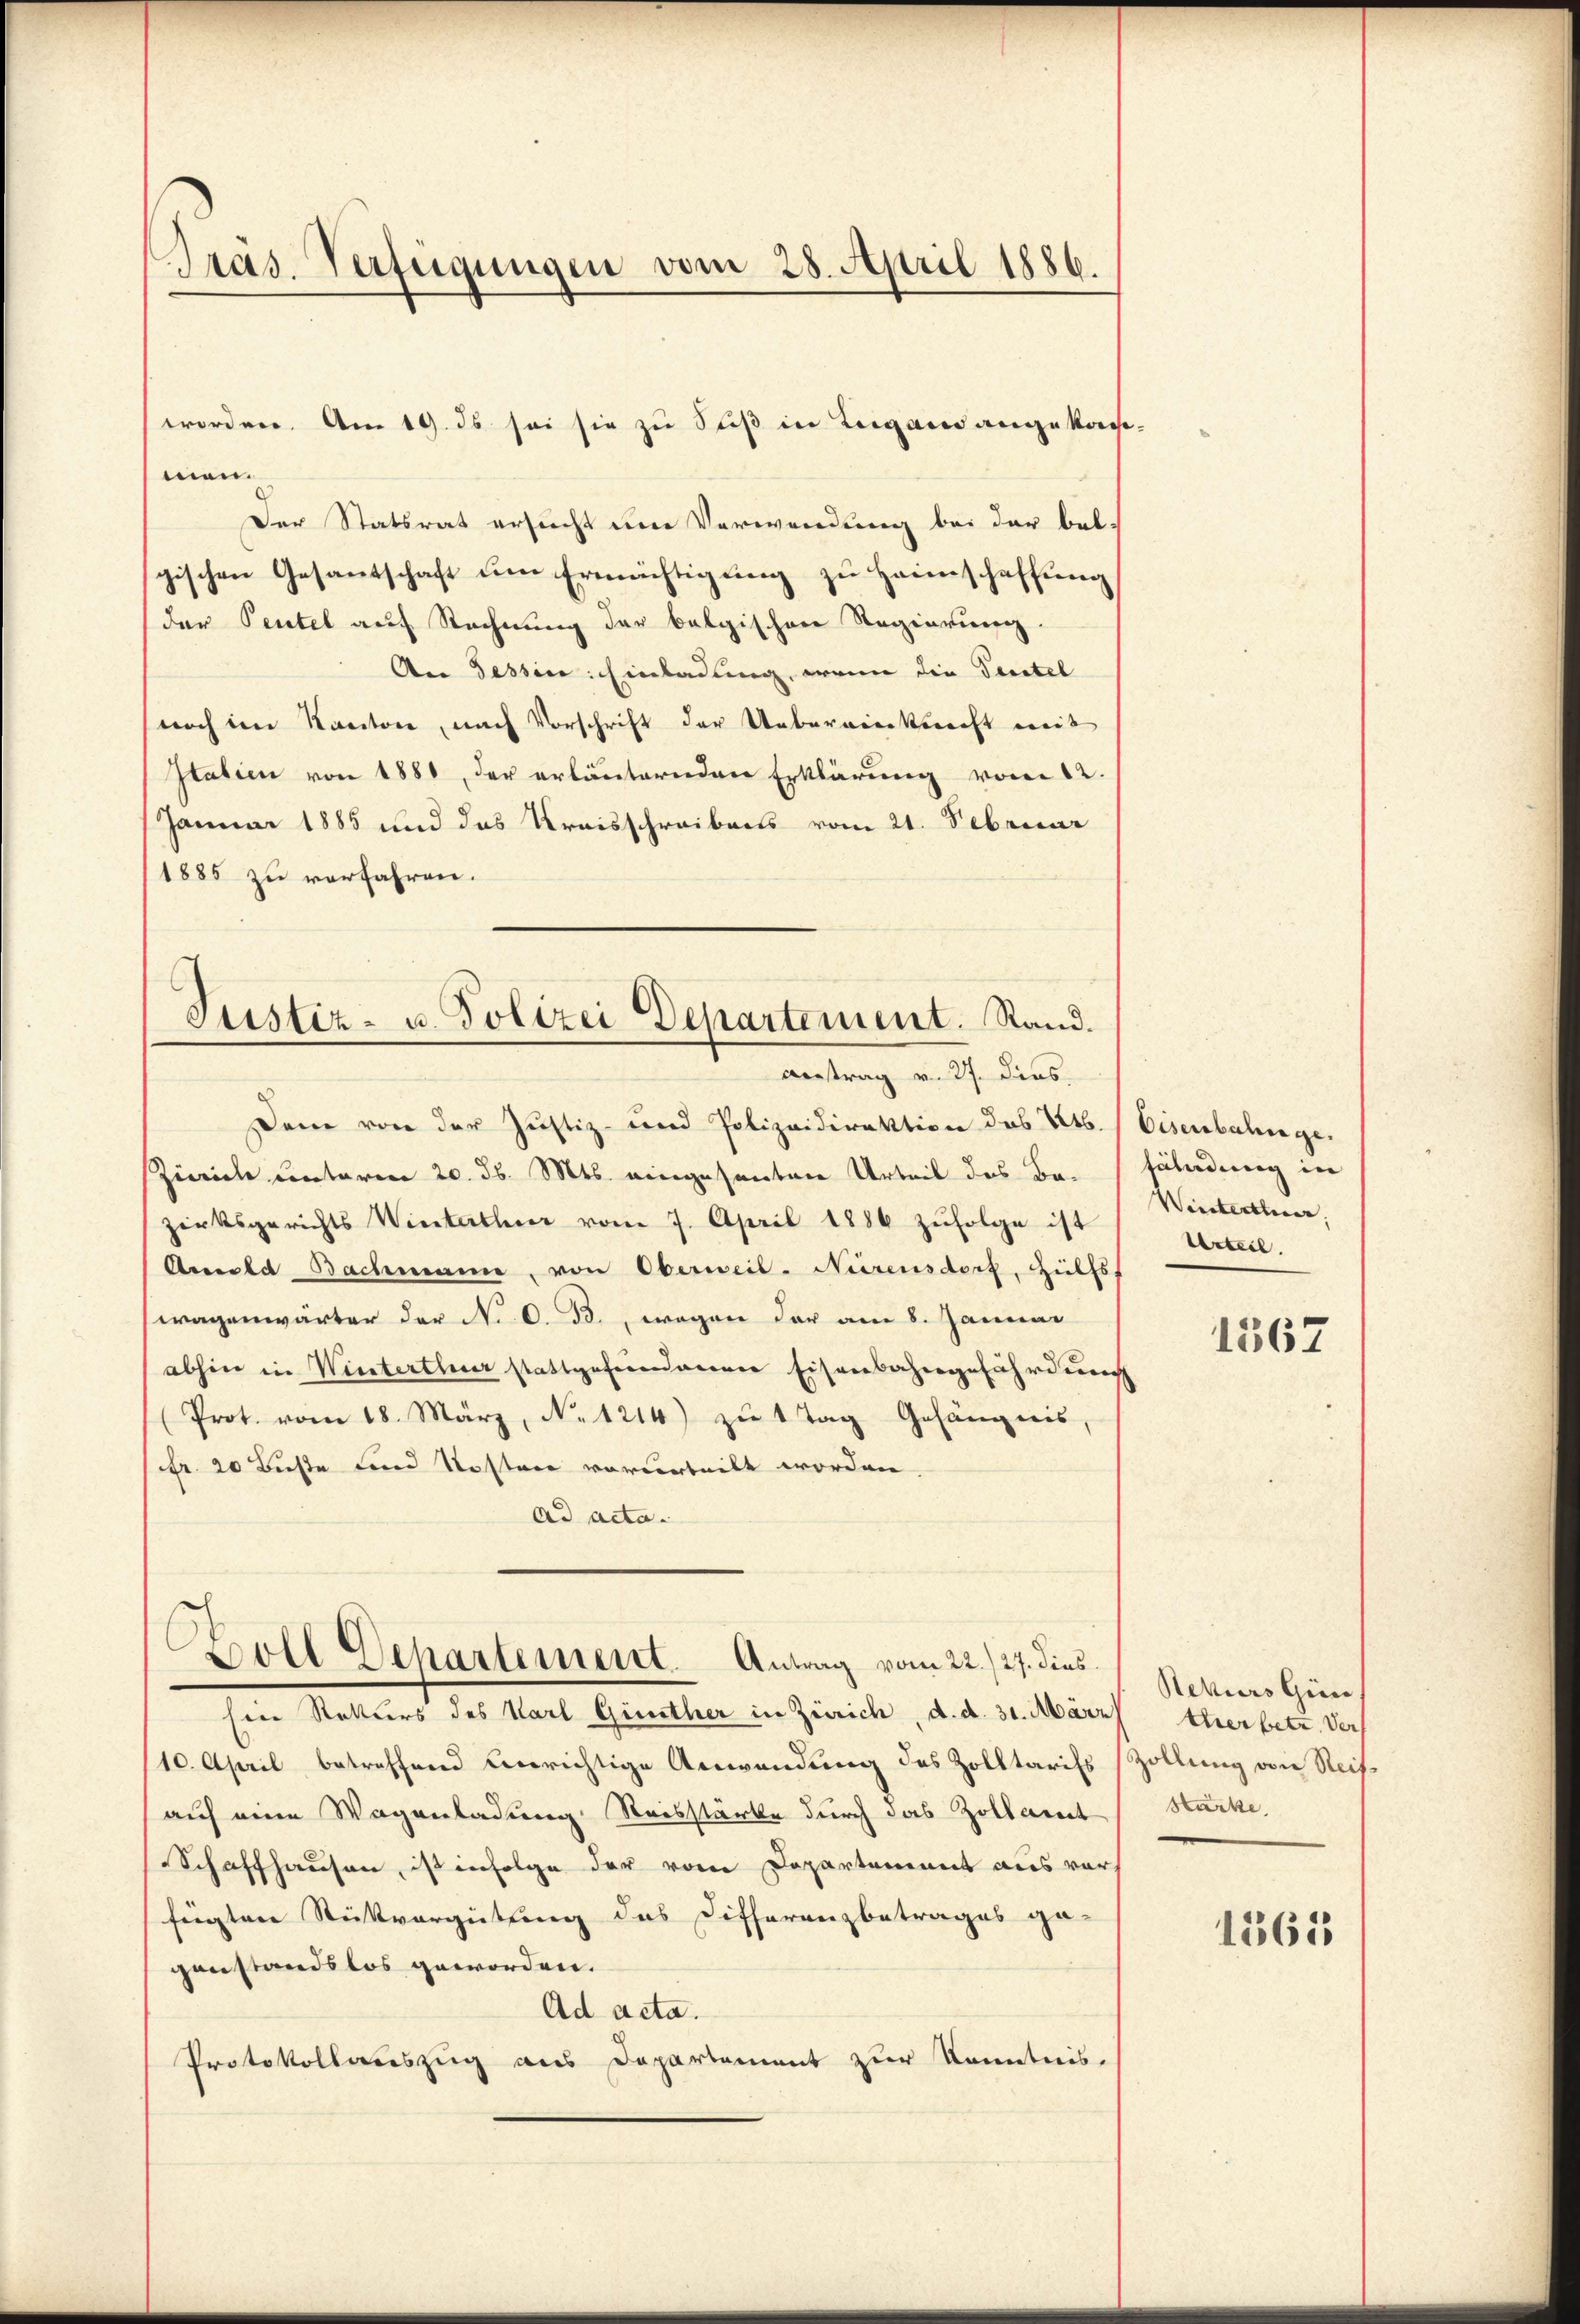
Präs. Verfügungen vom 28. April 1886.

worden. Am 19. ds sei sie zu Seiß in Lugano angekaumen.
Der Statsrat ersucht um Verwendung bei der belgischen Gesantschaft ŭm Ermächtigŭng zŭ Haimschaffŭng
der Pentel auf Rechnung der belgischen Regierung.
An Tessin: Einladung, wenn die Peratel
noch im Kanton, nach Vorschrift der Uebereinkunft mit
Italien von 1880, der erläuternden Erklärung vom 12.
Januar 1885 und das Kreisschreibens vom 21. Februar
1885 zu verfahren.

Justiz- u. Polizei Departement. Stand.
Antrag v. 27. Dies

Dame von der Justiz- und Polizeidirektion des Kts. Eisenbahnge.
Zürich unterm 20. d. Mts. eingesanten Urteil des Bazirksgerichts Winterthur vom 7. April 1886 zŭfolge ist
Amola Bachmann, von Oberweil. Nürensdorf, Hülfsf
wagenwärter der N. O. Bd., wegen der am 8. Januar
abhin in Winterthur stattgefundenen Eisenbahngefährdung
Prot. vom 18. März, No. 1214) zŭ 1 Tag Gefängnis,
fr. 20 Büste und Kosten vorurteilt worden,
ad acta.
Boll Departement. Antrag vom 22./27. dies
sien Retters des Karl Güther in Zürich, d. d. 31. März
/10. April betreffend Einrichtige Anwendung des Zolltarifs Zollung von Reisauf eine Wagenladung Reisstärke durch das Zollant
Schaffhausen, ist infolge der vom Departement aus vors
fügten Stückvergütung des Differenzbetrages ge-
genstandslos geworden.
Ad acta.
Protokollauszug aus Departement zur Kenntnis.

fändung in
Winterthur,
Urteil.

1567

Rekurs Giin
terer betr. Vers
Stärke.

1365